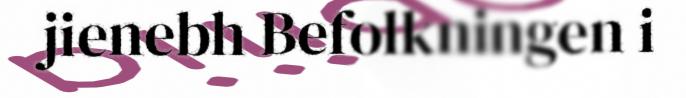
jienebh Befolkningen i